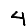
Digit: 4